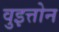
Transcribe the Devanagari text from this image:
वुइत्तोन